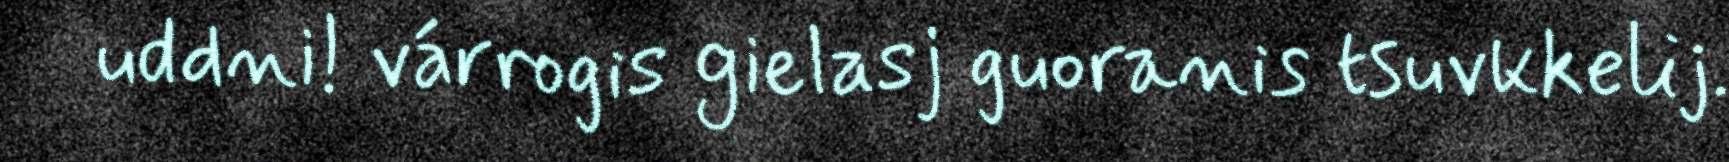
uddni! várrogis gielasj guoranis tsuvkkelij.